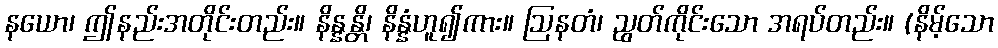
နယော၊ ဤနည်းအတိုင်းတည်း။ နိန္နန္တိ၊ နိန္နံဟူ၍ကား။ ဩနတံ၊ ညွတ်ကိုင်းသော အရပ်တည်း။ (နိမ့်သော